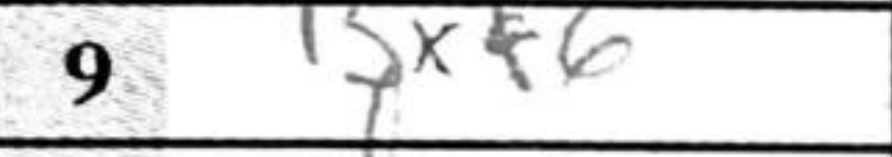
Transcription: Bxf6